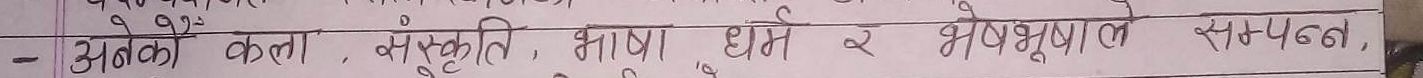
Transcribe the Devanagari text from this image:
- अनेको कला, संस्कृति, भाषा, धर्म र भेषभूषाले सम्बद्ध,